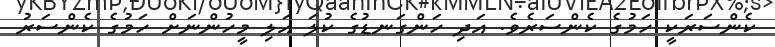
ކެންސަރަކީ ހަމުގެ ކެންސަރެވެ. އަދި ހަންގަނޑުގެ ކުލަ އަލި މީހުންނަށް ހަމުގެ ކެންސަރު